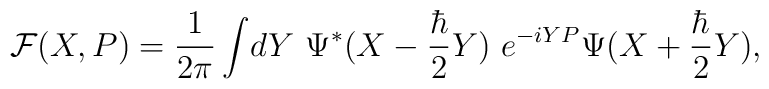
{\cal F}(X,P)={1\over 2\pi} \int\! dY ~\Psi^* (X-{\hbar\over2} Y )~e^{-iYP} \Psi(X+{\hbar\over2} Y),